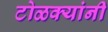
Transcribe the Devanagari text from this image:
टोळक्यांनी